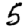
Digit: 5